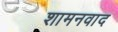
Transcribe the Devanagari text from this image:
शामनवाद